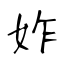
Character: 妰